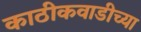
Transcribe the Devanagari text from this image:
काठीकवाडीच्या